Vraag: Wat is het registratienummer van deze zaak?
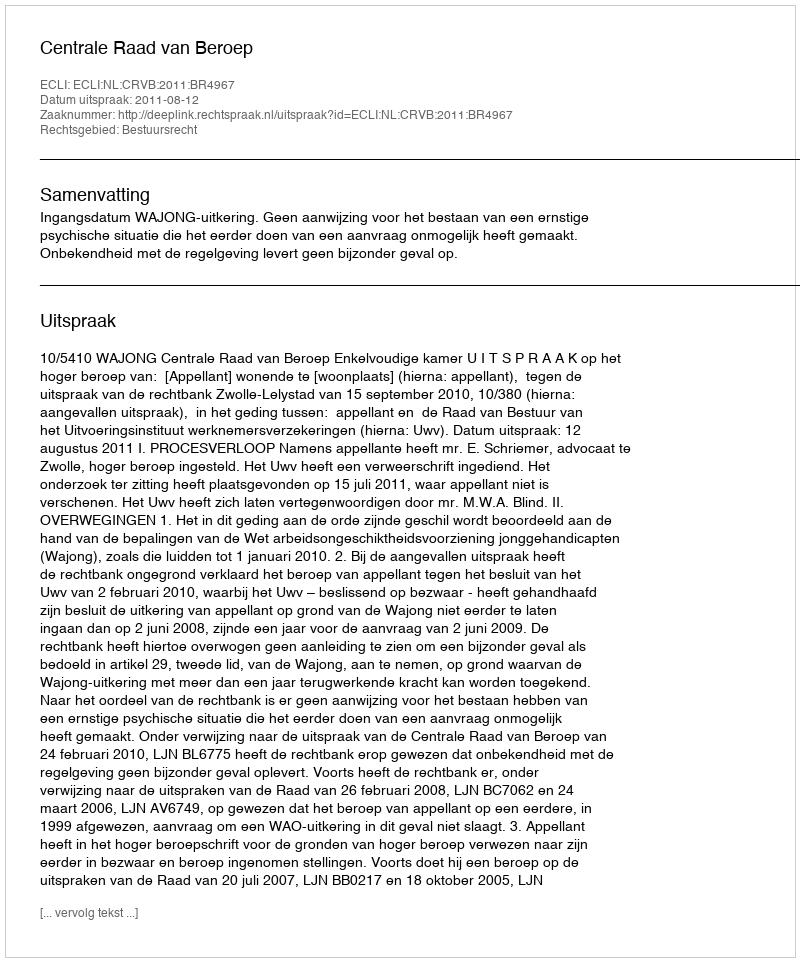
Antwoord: http://deeplink.rechtspraak.nl/uitspraak?id=ECLI:NL:CRVB:2011:BR4967